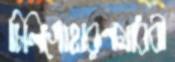
চিনিগোহারূণমাধবী